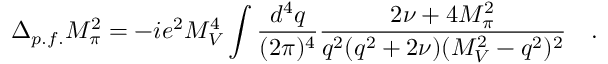
\Delta _ { p . f . } M _ { \pi } ^ { 2 } = - i e ^ { 2 } M _ { V } ^ { 4 } \int \frac { d ^ { 4 } q } { ( 2 \pi ) ^ { 4 } } \frac { 2 \nu + 4 M _ { \pi } ^ { 2 } } { q ^ { 2 } ( q ^ { 2 } + 2 \nu ) ( M _ { V } ^ { 2 } - q ^ { 2 } ) ^ { 2 } } \quad .